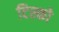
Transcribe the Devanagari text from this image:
टिस्‍को